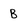
Character: B